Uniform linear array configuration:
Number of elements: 4
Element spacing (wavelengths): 1
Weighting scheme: cosine
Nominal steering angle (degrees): -15
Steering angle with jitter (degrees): -16.562
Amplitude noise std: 0.05
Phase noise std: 0.05

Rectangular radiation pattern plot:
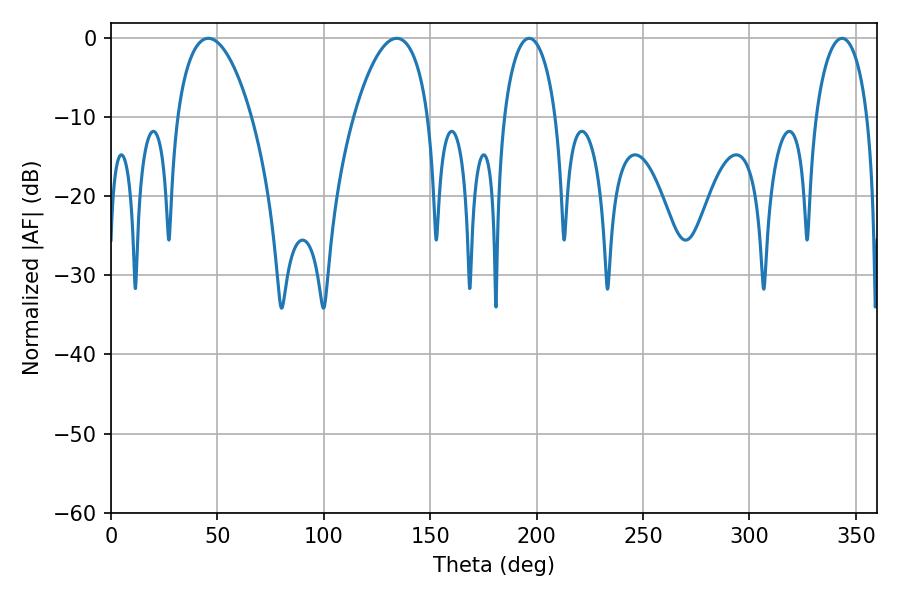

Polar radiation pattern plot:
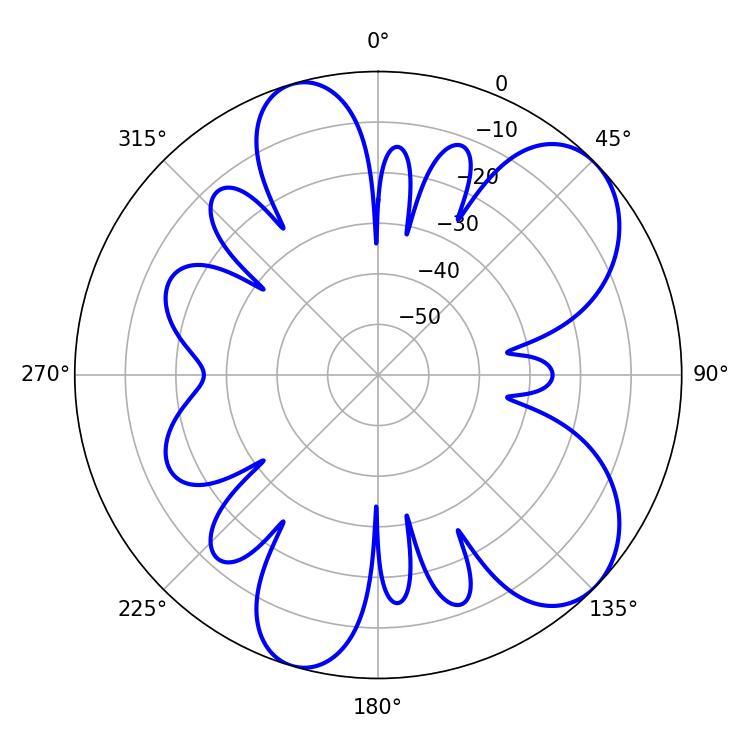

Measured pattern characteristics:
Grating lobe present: TRUE
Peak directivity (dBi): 7.503
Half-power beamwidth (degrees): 19.62
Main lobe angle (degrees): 45.72